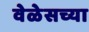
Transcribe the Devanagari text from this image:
वेळेसच्या